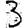
Digit: 3